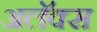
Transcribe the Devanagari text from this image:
अलॅक्स